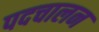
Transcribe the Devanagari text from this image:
पदचालन